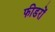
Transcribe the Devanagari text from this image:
फीडरों